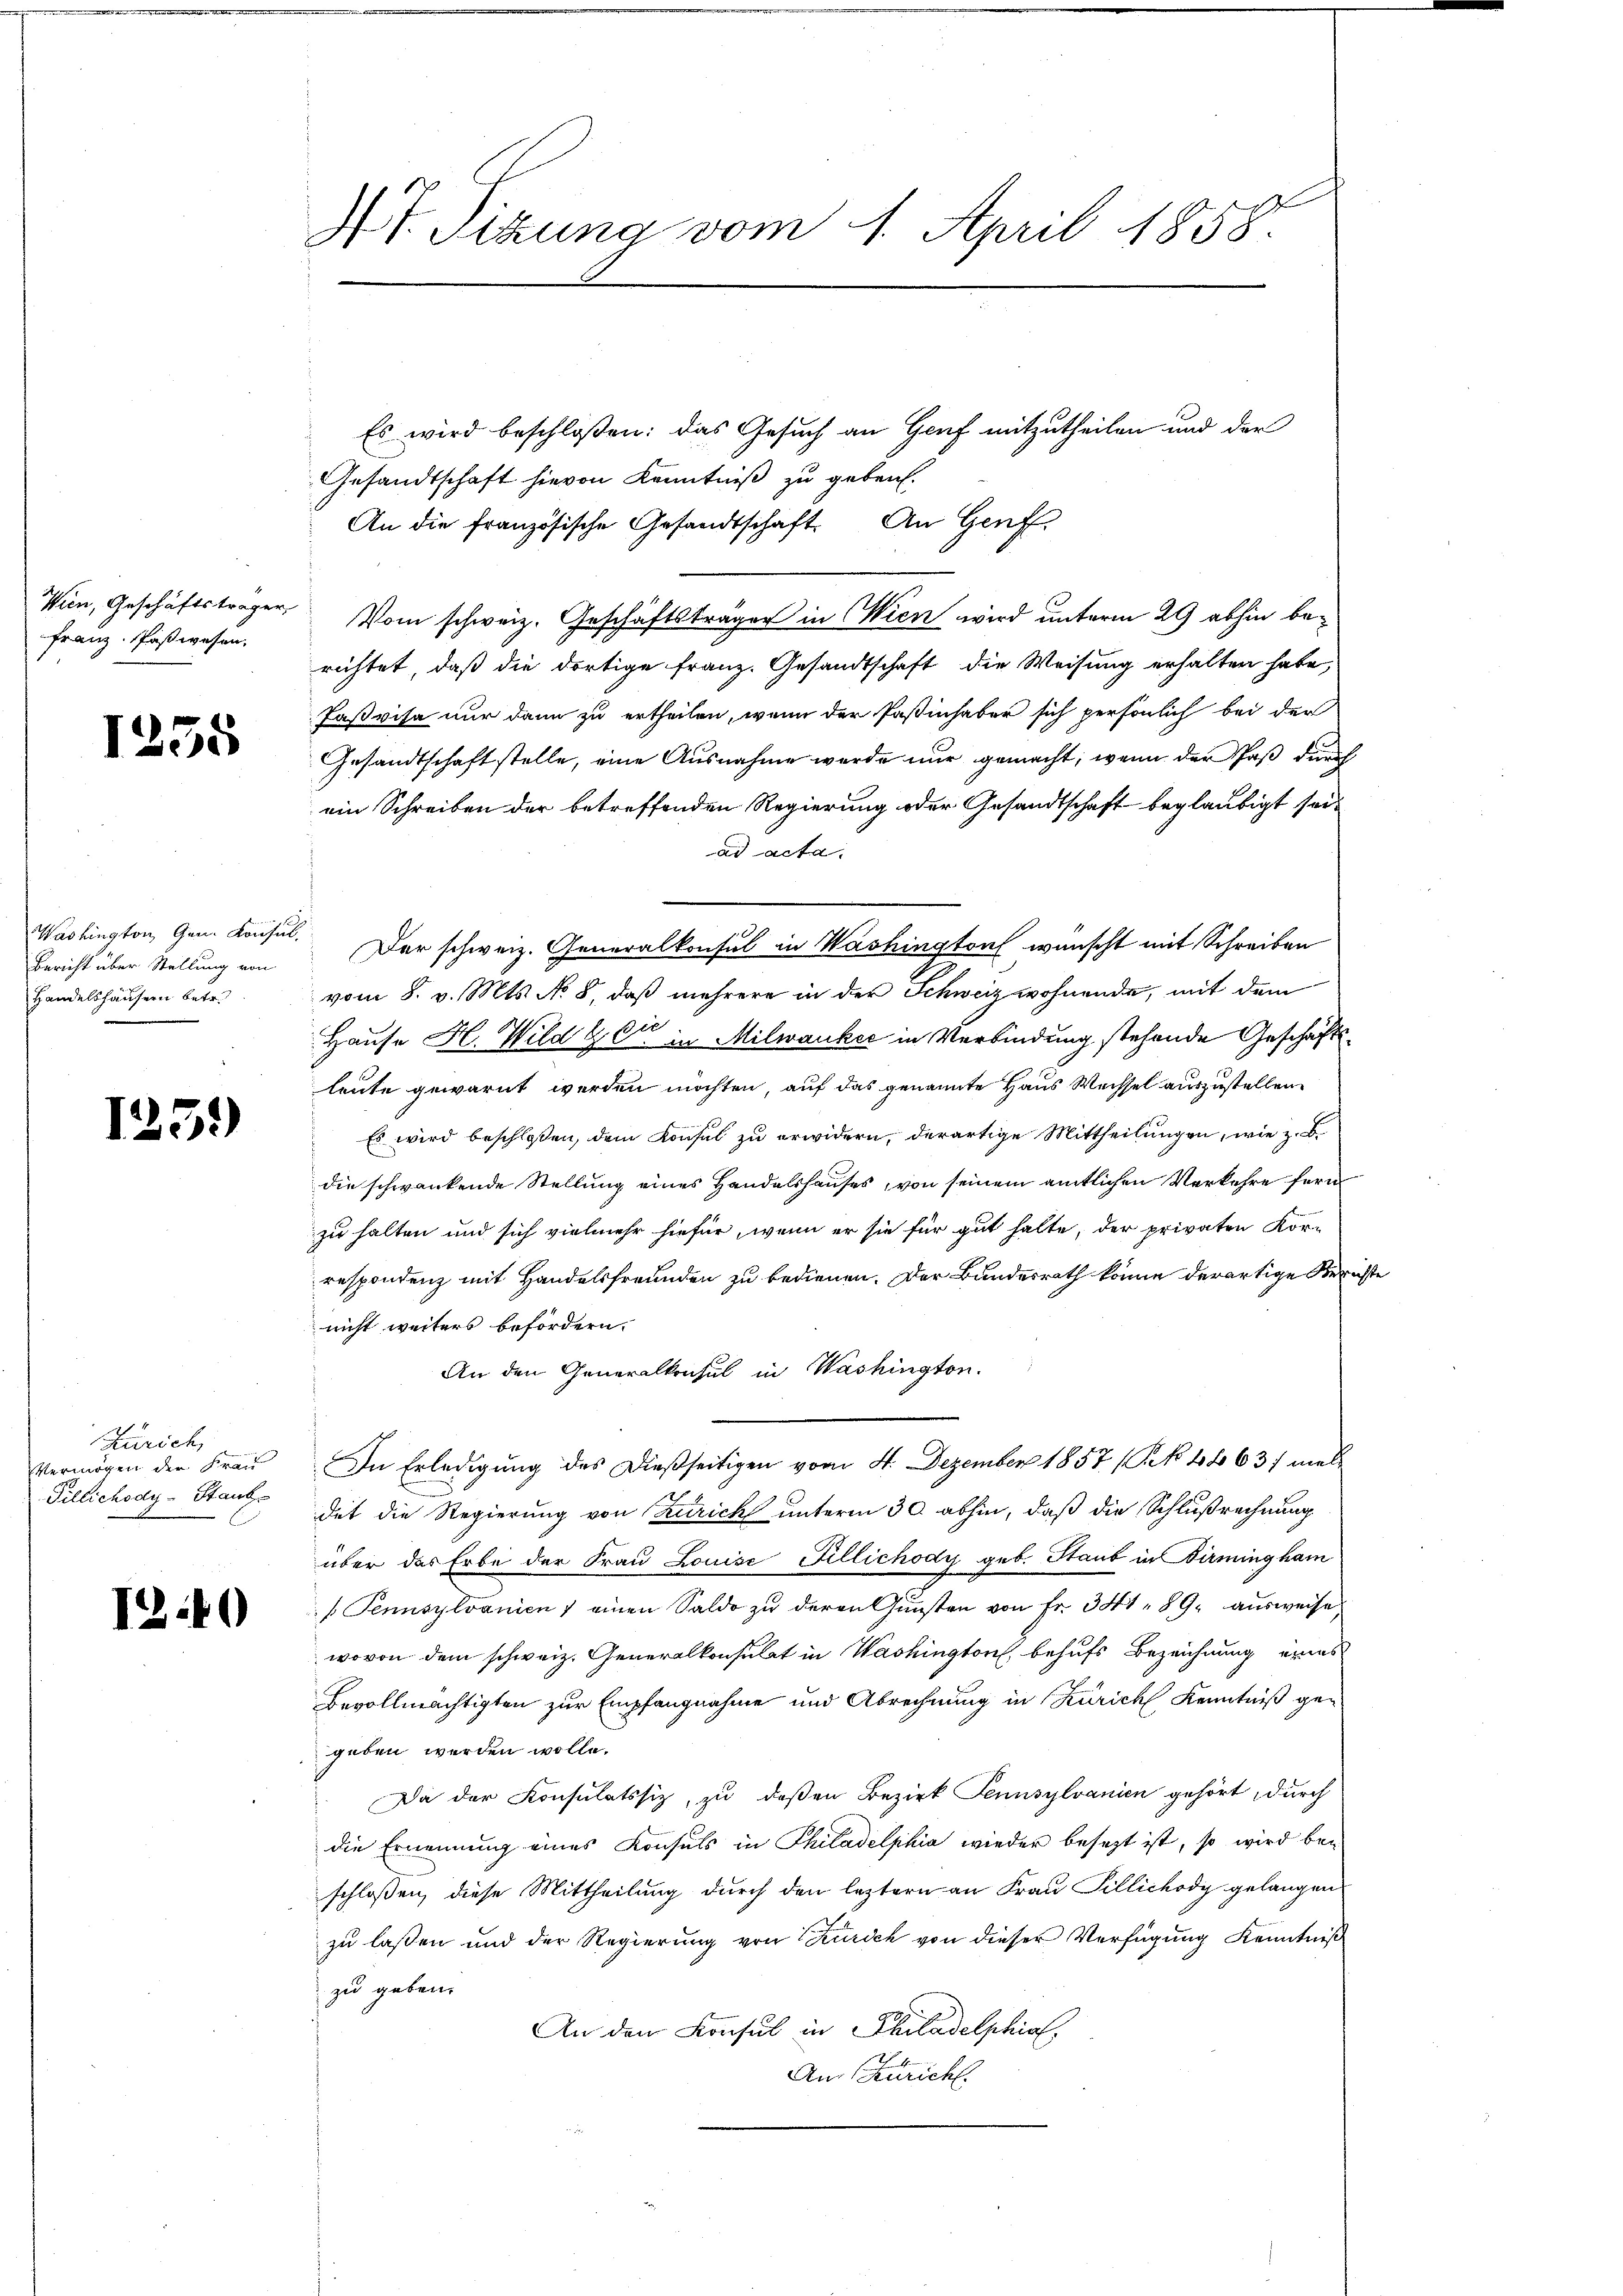
Wien, Geschäftsträger,
Franz Paßwesen.

1255

Washington, Gen. Konsul
Bericht über Stellung von
Handelshäusern betr.

1251)

Zürich,
Vermögen der Frau
Tillichody-Staub

1240

4t. Sitzung vom 1. April 1858.

Es wird beschloßen: das Gesuch an Genf mitzutheilen und der
Gesandtschaft hievon Kenntniß zu geben.
An die französische Gesandtschaft. An Genf,
Vom schweiz. Geschäftsträger in Wien wird unterm 29 abhin berichtet, daß die dortige Franz. Gesandtschaft die Weisung erhalten habe,
Paßvisa nur dann zu ertheilen, wenn der Paßinhaber sich persönlich bei der
Gesandtschaft stelle, eine Ausnahme werde nur gemacht, wenn der Spaß durch
ein Schreiben der betreffenden Regierung oder Gesandtschaft beglaubigt seiad acta.
Der schweiz. Generalkonsul in Washington wünscht mit Schreiben
vom 8. v. Mts. No 8, daß mehrere in der Schweiz wohnende, mit dem
Hause H. Wild & Cie in Milwauker in Verbindung stehende Geschäftsleute gewarnt werden möchten, auf das genannte Haus Wechsel auszustellen.
Es wird beschloßen, dem Konsul zu erwidern, derartige Mittheilungen, wie z. B.
die schwankende Stellung eines Handelshauses, von seinem amtlichen Verkehre fern
zu halten und sich vielmehr hiefür, wenn er sie für gut halte, der privaten Kor-
respondenz mit Handelsfreunden zu bedienen. Der Bundesrath könne derartige Berichte
nicht weiters befördern.
An den Generalkonsul in Washington.
In Erledigung des dießseitigen vom 4. Dezember 1857 (S. 4663/ med
det die Regierung von Zürich unterm 30. abhin, daß die Schlußrechnung
über das Erbe der Frau Louise Fillichody geb. Staub in Firmingham
s Pennsylvanien) einen Saldo zu deren Gunsten von Fr. 341. 89. ausweise
wovon dem schweiz. Generalkonsulat in Washington behufs Bezeichnung eines
Bevollmächtigten zur Empfangnahme und Abrechnung in Zürich Kenntniß gegeben werden wolle.
Da der Konsulatssiz, zu deßen Bezirk Pennsylvanien gehört, durch
die Ernennung eines Konsuls in Philadelphia wieder besezt ist, so wird bei
schloßen, diese Mittheilung durch den letztern an Frau Tillichody gelangen
zu laßen und der Regierung von Kürsch von dieser Verfügung Kenntniß
zu geben.
An den Konsul in Philadelphia
An (Züricht.